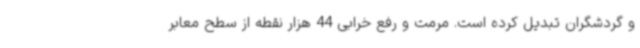
و گردشگران تبدیل کرده است. مرمت و رفع خرابی 44 هزار نقطه از سطح معابر